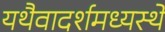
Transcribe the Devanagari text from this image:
यथैवादर्शमध्यस्थे